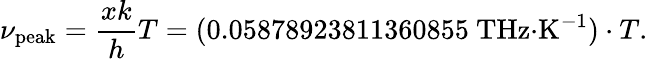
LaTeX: \nu_{\mathrm{peak}}={\frac{xk}{h}}T=({0.05878923811360855~{\mathrm{THz}}{\cdot}{\mathrm{K}}^{-1}})\cdot{T}.